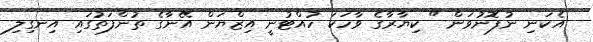
އެކަނި ނުފޮނުވަން " ކިޔާރާގެ ވާހަކަ ހުއްޓުނީ އިޒްޔަން އޭނާގެ ތުންފަތުގައި އިނގިލި